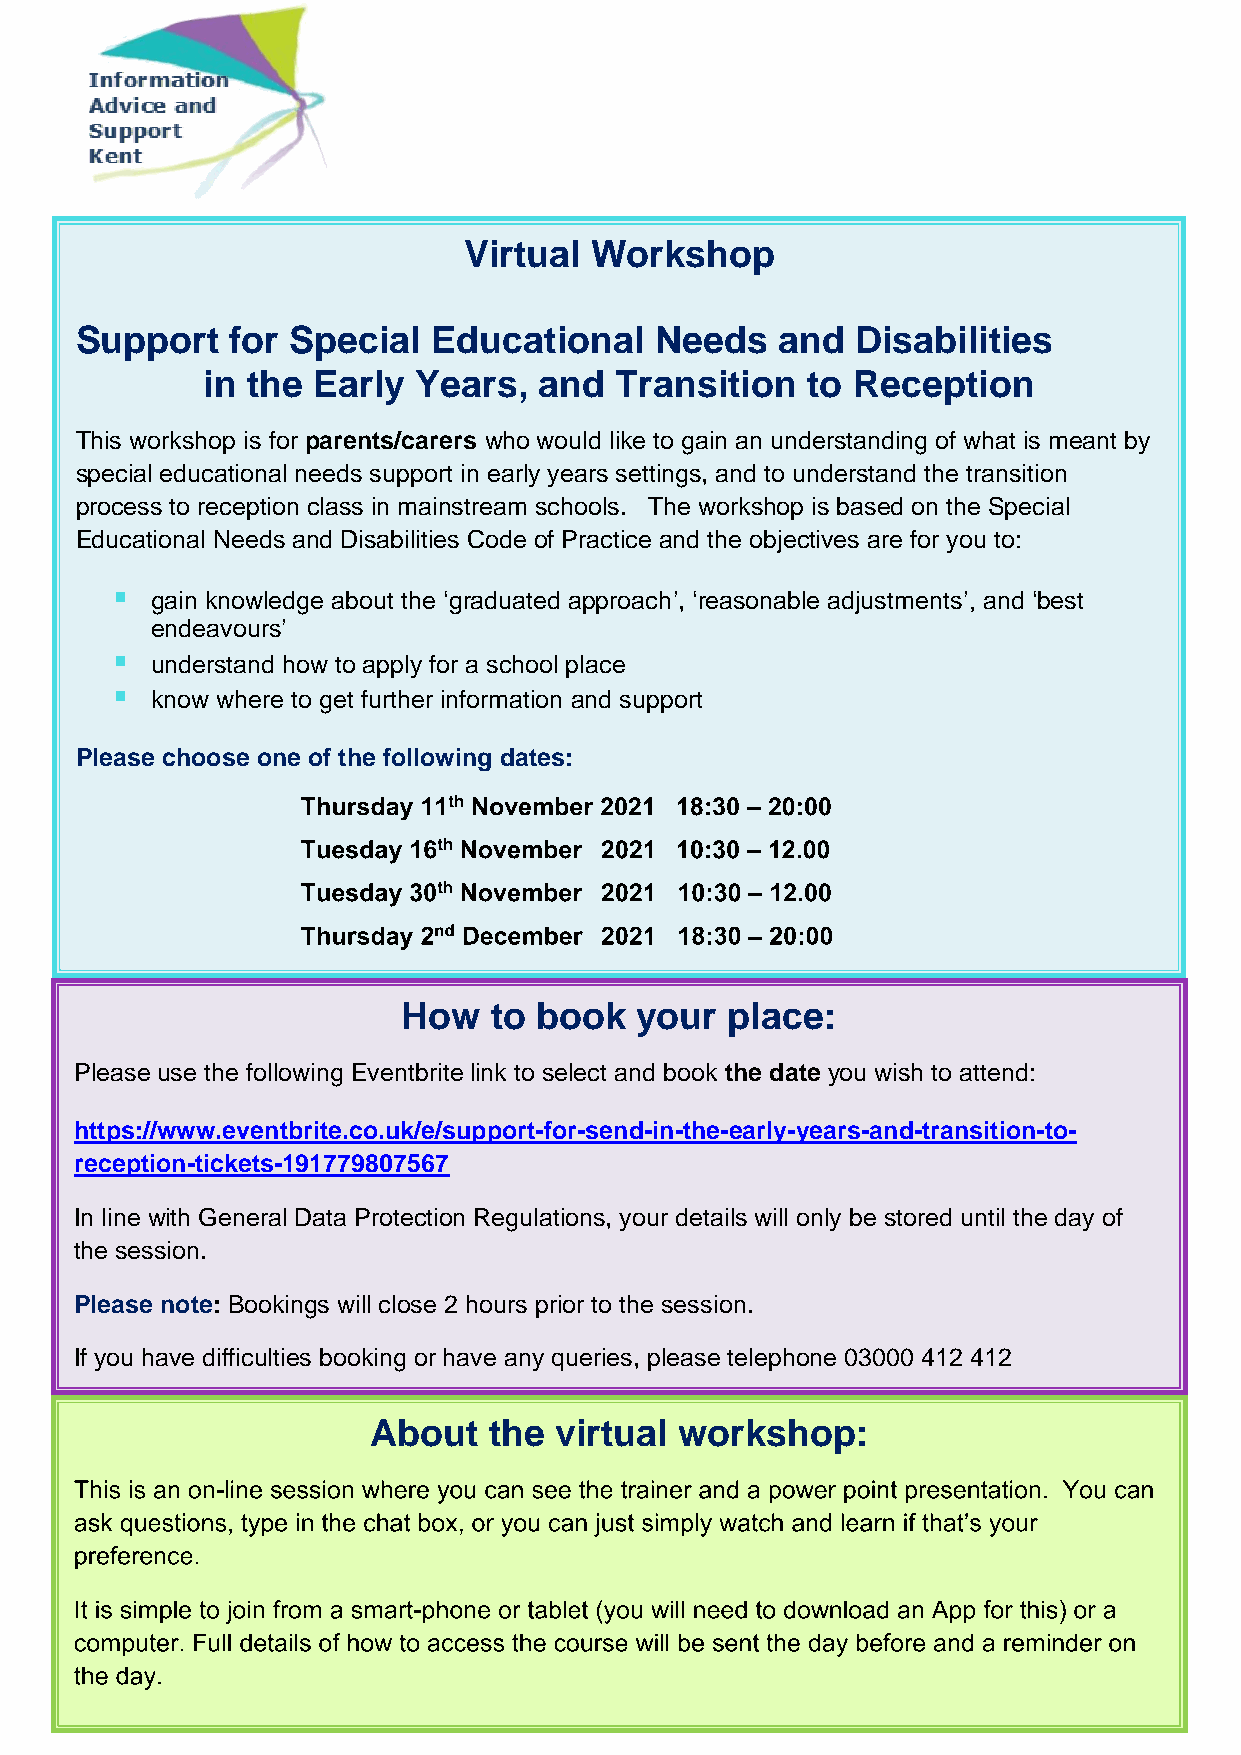
Virtual Workshop
 Support   for Special   Educational   Needs   and   Disabilities
 in the  Early  Years,  and  Transition  to Reception
 This workshop is for parents/carers who would like to gain an understanding of what is meant by
 special educational needs support in early years settings, and to understand the transition
 process to reception class in mainstream schools. The workshop is based on the Special
 Educational Needs and Disabilities Code of Practice and the objectives are for you to:
 ▪
 gain knowledge about the ‘graduated approach’, ‘reasonable adjustments’, and ‘best
 endeavours’
 ▪
 understand how to apply for a school place
 ▪
 know where to get further information and support
 Please choose one of the following dates:
 How  to  book  your  place:
 Please use the following Eventbrite link to select and book the date you wish to attend:
 https://www.eventbrite.co.uk/e/support-for-send-in-the-early-years-and-transition-to-
 reception-tickets-191779807567
 In line with General Data Protection Regulations, your details will only be stored until the day of
 the session.
 Please note: Bookings will close 2 hours prior to the session.
 If you have difficulties booking or have any queries, please telephone 03000 412 412
 About   the  virtual workshop: